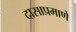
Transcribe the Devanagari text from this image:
दासाप्रमाणे